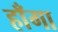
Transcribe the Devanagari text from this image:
हाँगा